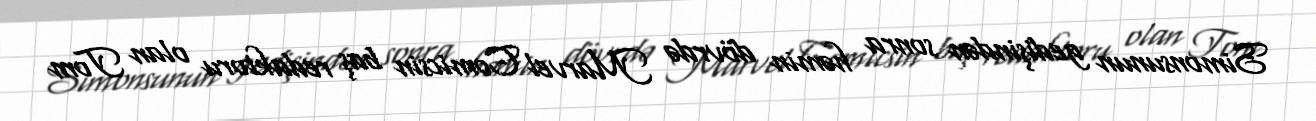
Simonsunun gedişindən sonra həmin dövrdə Marvel Comicsin baş redaktoru olan Tom